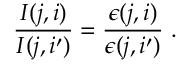
\frac { I ( j , i ) } { I ( j , i ^ { \prime } ) } = \frac { \epsilon ( j , i ) } { \epsilon ( j , i ^ { \prime } ) } \ .